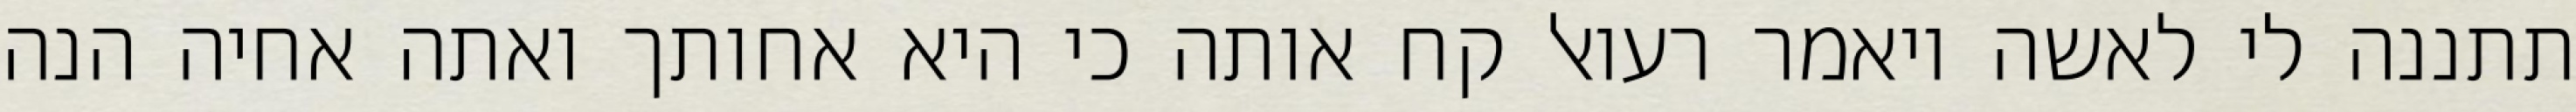
תתננה לי לאשה ויאמר רעואל קח אותה כי היא אחותך ואתה אחיה הנה